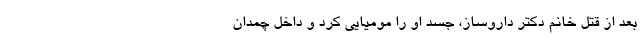
بعد از قتل خانم دکتر داروساز، جسد او را مومیایی کرد و داخل چمدان